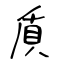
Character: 貭